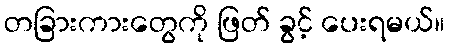
တခြားကားတွေကို ဖြတ် ခွင့် ပေးရမယ်။